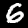
Label: 6